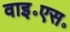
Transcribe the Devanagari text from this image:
वाइ॰एस॰